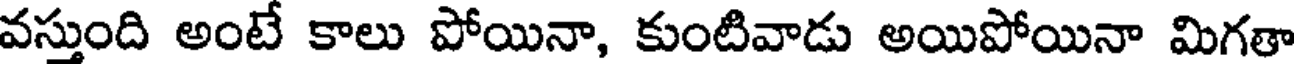
వస్తుంది అంటే కాలు పోయినా, కుంటివాడు అయిపోయినా మిగతా